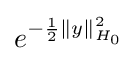
e^{-{\frac {1}{2}}\|y\|_{H_{0}}^{2}}